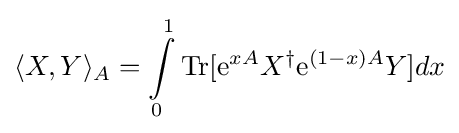
\langle X,Y\rangle _{A}=\int \limits _{0}^{1}{\rm {Tr}}[{\rm {e}}^{xA}X^{\dagger }{\rm {e}}^{(1-x)A}Y]dx